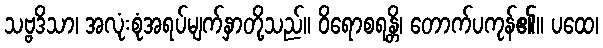
သဗ္ဗဒိသာ၊ အလုံးစုံအရပ်မျက်နှာတို့သည်။ ဝိရောစရန္တိ၊ တောက်ပကုန်၏။ ပထေ၊